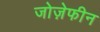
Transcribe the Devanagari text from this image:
जोज़ेफीन